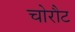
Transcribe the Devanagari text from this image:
चोरौट